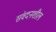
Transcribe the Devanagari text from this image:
संवदनशील